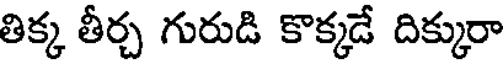
తిక్క తీర్చ గురుడి కొక్కడే దిక్కురా